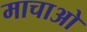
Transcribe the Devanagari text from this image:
माचाओ